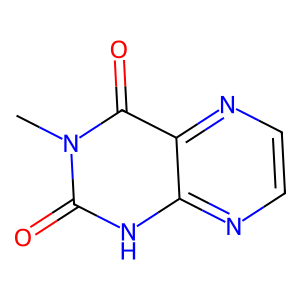
SMILES: Cn1c(=O)[nH]c2nccnc2c1=O
Inhibits HIV replication: No